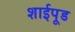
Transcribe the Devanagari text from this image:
शाईपूड